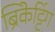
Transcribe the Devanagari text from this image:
ब्रिकेट्टिंग